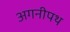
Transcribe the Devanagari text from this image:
अगनीपथ